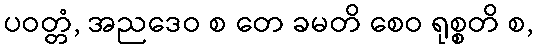
ပဝတ္တံ, အညဒေဝ စ တေ ခမတိ စေဝ ရုစ္စတိ စ,